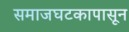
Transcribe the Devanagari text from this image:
समाजघटकापासून